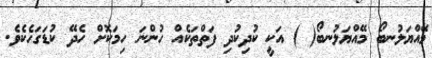
މޭއްޔަލުނބޯ މޭއްޔަލުނބޯ( ) އަކީ ކުދިކުދި ފަތްތަކެއް ހުންނަ ހިމަކޮށް ހެދޭ ކުޑަގަހެކެވެ.